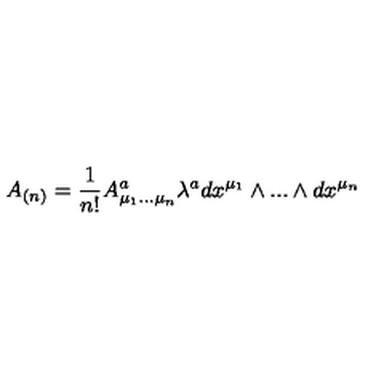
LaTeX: A _ { ( n ) } = { \frac { 1 } { n ! } } A _ { \mu _ { 1 } . . . \mu _ { n } } ^ { a } \lambda ^ { a } d x ^ { \mu _ { 1 } } \wedge . . . \wedge d x ^ { \mu _ { n } }